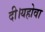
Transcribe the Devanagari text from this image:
दी।यहोवा